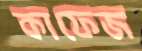
কাফেজ